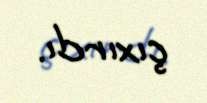
çıxırdı.